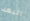
البعد